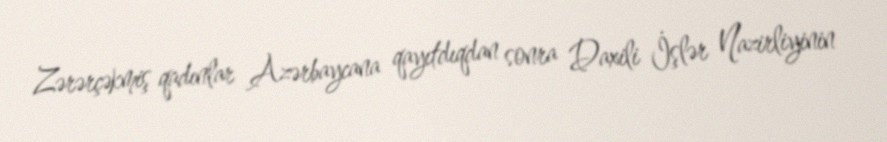
Zərərçəkmiş qadınlar Azərbaycana qayıtdıqdan sonra Daxili İşlər Nazirliyinin